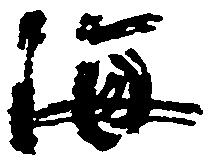
海